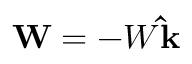
\mathbf { W } = - W \mathbf { \hat { k } }